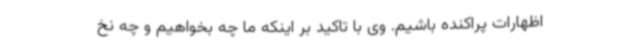
اظهارات پراکنده باشیم. وی با تاکید بر اینکه ما چه بخواهیم و چه نخ